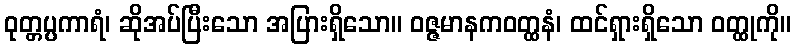
ဝုတ္တပ္ပကာရံ၊ ဆိုအပ်ပြီးသော အပြားရှိသော။ ဝဇ္ဇမာနကဝတ္ထနံ၊ ထင်ရှားရှိသော ဝတ္ထုကို။